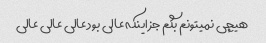
هیچی نمیتونم بگم جز اینکه عالی بود عالی عالی عالی